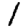
Digit: 1